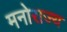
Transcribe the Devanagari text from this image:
मनोराज्य